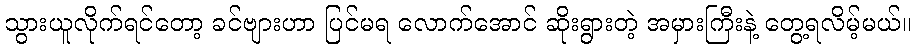
သွားယူလိုက်ရင်တော့ ခင်ဗျားဟာ ပြင်မရ လောက်အောင် ဆိုးရွားတဲ့ အမှားကြီးနဲ့ တွေ့ရလိမ့်မယ်။